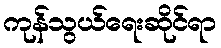
ကုန်သွယ်ရေးဆိုင်ရာ